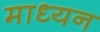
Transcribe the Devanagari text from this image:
माध्यन